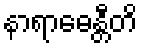
နာရာဓေန္တီတိ